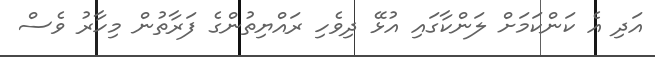
އަދި އެ ކަންކަމަށް ލަންކާގައި އުޅޭ ދިވެހި ރައްޔިތުންގެ ފަރާތުން މިހާރު ވެސް